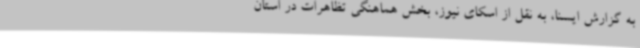
به گزارش ایسنا، به نقل از اسکای نیوز، بخش هماهنگی تظاهرات در استان